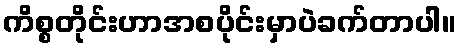
ကိစ္စတိုင်းဟာအစပိုင်းမှာပဲခက်တာပါ။